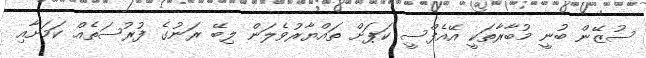
ސުޒޭން ބުނީ މުބާރާތަކީ އޭއެފްސީ ކަޕަށް ތައްޔާރުވެލަން ލިބޭ ރަނުގެ ފުރުސަތެއް ކަމަށާއި